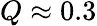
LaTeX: Q\approx 0.3